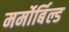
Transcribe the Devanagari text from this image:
मर्मोर्बिल्ड